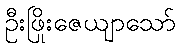
ဦးဖြိုးဇေယျာသော်